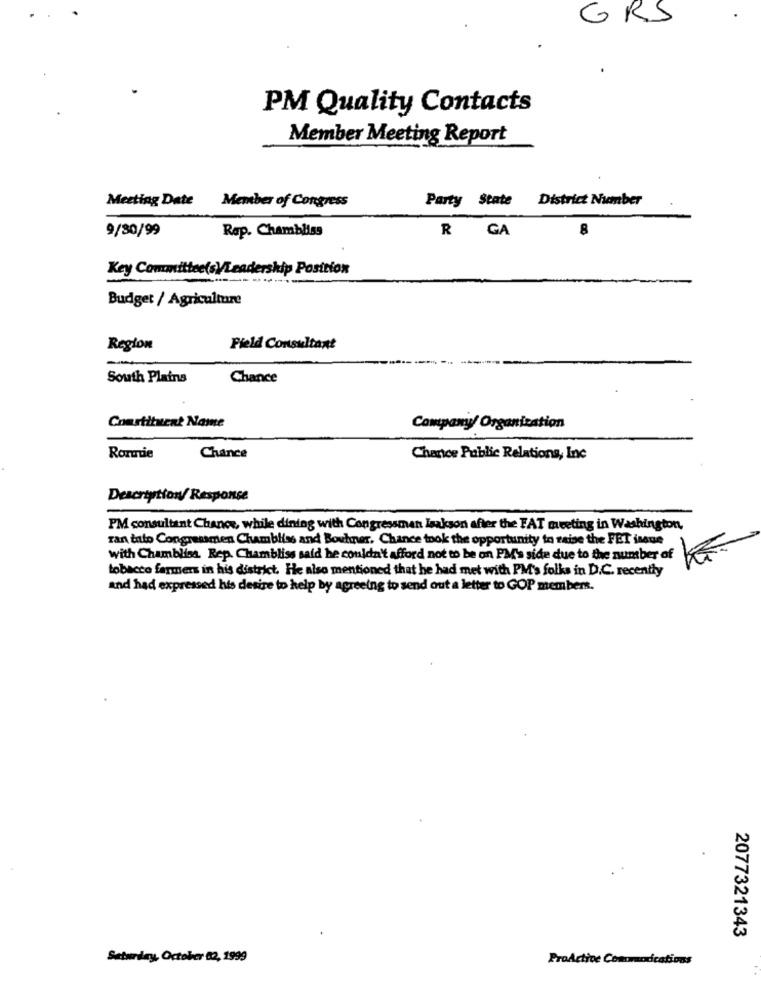
GRS
PM Quality Contacts
Member Meeting Report
Party State District Number
Meeting Date Member of Congress
9/80/99
Rap. Chambliss
R GA
8
Key Committee(s)/Leadership Position
Budget / Agriculture
Region
Field Consultant
-
South Plains
Chance
Constituent Name
Company/ Organization
Ronnie
Chance
Chance Public Relations, Inc
Description/ Response
PM consultant Chance, while dining with Congressman Isakson after the FAT meeting in Washington,
ran into Congressmen Chambliss and Bowhner. Chance took the opportunity to raise the FET issue
with Chambliss. Rep. Chambliss said he couldn't afford not to be on PM's side due to the number of
tobacco farmers in his district. He also mentioned that he had met with PM's folks in D.C. recently
and had expressed his desire to help by agreeing to send out a letter to GOP members.
2077321343
Saturday, October 82, 1999
ProActive Comomodcations